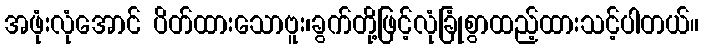
အဖုံးလုံအောင် ပိတ်ထားသောဗူး၊ခွက်တို့ဖြင့်လုံခြုံစွာထည့်ထားသင့်ပါတယ်။